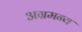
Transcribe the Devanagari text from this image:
अग्रमन्य